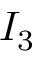
I _ { 3 }